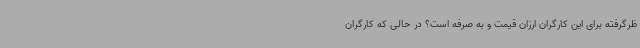
ظرگرفته برای این کارگران ارزان قیمت و به صرفه است؟ در حالی که کارگران